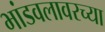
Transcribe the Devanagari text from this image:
भांडवलावरच्या